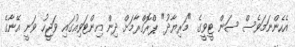
އެހެންނަމަވެސް ސަން ޓީވީގެ "މަރިޔާދު" ޕްރޮގްރާމަށް ދިން އިންޓަވިއުގައި ވަޖީހު ވަނީ އޭނާގެ